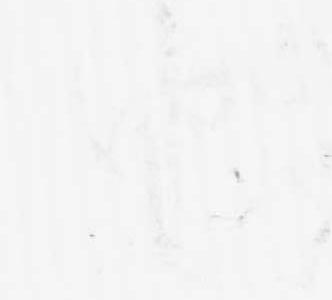
由